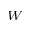
_ W